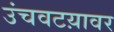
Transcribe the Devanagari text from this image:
उंचवटय़ावर